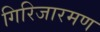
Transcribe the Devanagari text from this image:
गिरिजारमण